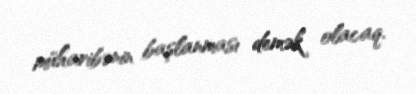
müharibənin başlanması demək olacaq.